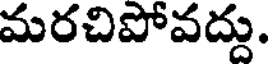
మరచిపోవద్దు.